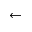
\leftarrow